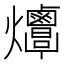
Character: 𤓠